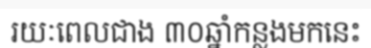
រយៈពេលជាង ៣០ឆ្នាំកន្លងមកនេះ